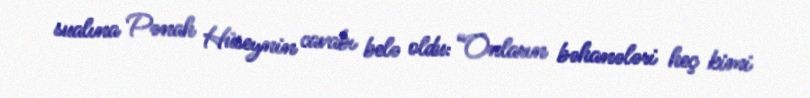
sualına Pənah Hüseynin cavabı belə oldu: “Onların bəhanələri heç kimi